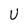
Character: U